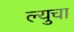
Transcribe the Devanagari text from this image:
ल्युचा